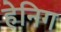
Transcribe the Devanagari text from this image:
हेनिग